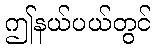
ဤနယ်ပယ်တွင်